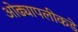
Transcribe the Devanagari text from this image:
ओढ्यापलीकडे